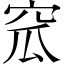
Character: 窊